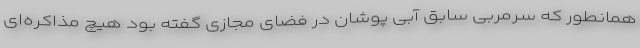
همانطور که سرمربی سابق آبی پوشان در فضای مجازی گفته بود هیچ مذاکره‌ای